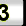
Digit: 3